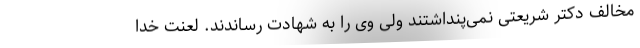
مخالف دکتر شریعتی نمی‌پنداشتند ولی وی را به شهادت رساندند. لعنت خدا